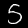
Digit: 5